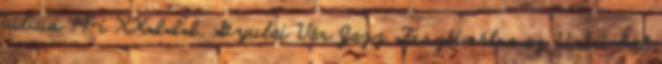
július 19-i XXIII. Gyulai Vár Jazz Fesztiválra az USA-ból